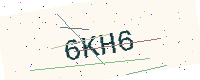
Text: 6KH6